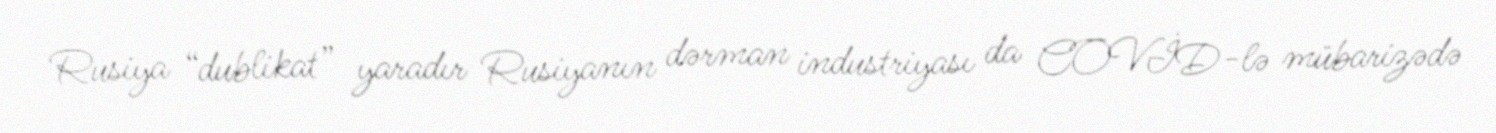
Rusiya “dublikat” yaradır Rusiyanın dərman industriyası da COVİD-lə mübarizədə